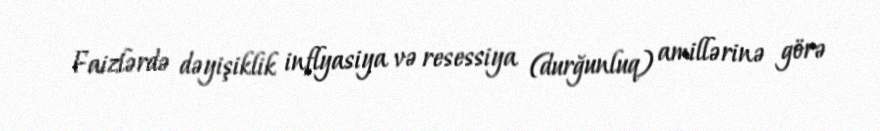
Faizlərdə dəyişiklik inflyasiya və resessiya (durğunluq) amillərinə görə